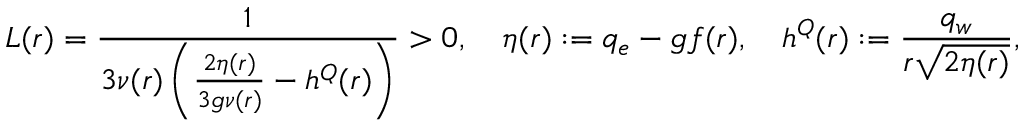
L ( r ) = \frac { 1 } { 3 \nu ( r ) \left( \frac { 2 \eta ( r ) } { 3 g \nu ( r ) } - h ^ { Q } ( r ) \right) } > 0 , \quad \eta ( r ) : = q _ { e } - g f ( r ) , \quad h ^ { Q } ( r ) : = \frac { q _ { w } } { r \sqrt { 2 \eta ( r ) } } ,